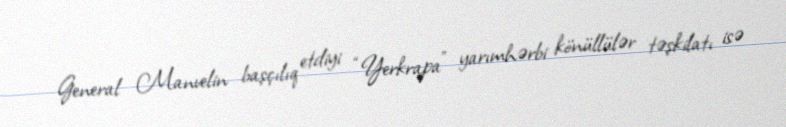
General Manvelin başçılıq etdiyi “Yerkrapa” yarımhərbi könüllülər təşkilatı isə